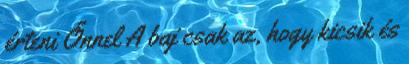
érteni Őnnel A baj csak az, hogy kicsik és